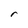
Character: r